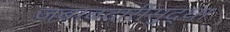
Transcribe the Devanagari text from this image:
जबाबदारीसुद्धा